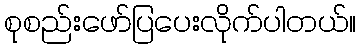
စုစည်းဖော်ပြပေးလိုက်ပါတယ်။